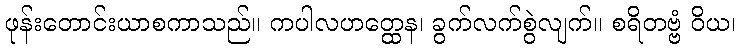
ဖုန်းတောင်းယာစကာသည်။ ကပါလဟတ္ထေန၊ ခွက်လက်စွဲလျက်။ စရိတဗ္ဗံ ဝိယ၊